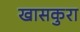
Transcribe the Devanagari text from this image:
खासकुरा